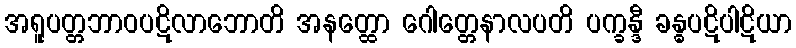
အရူပတ္တဘာဝပဋိလာဘောတိ အနတ္ထော ဂေါတ္တေနာလပတိ ပက္ခန္ဒီ ခန္ဓပဋိပါဋိယာ